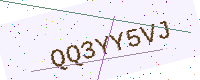
Text: QQ3YY5VJ